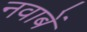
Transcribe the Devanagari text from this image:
नवाबें